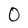
Character: 0